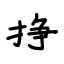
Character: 挣